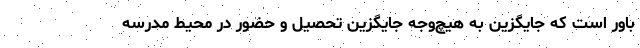
باور است که جایگزین به هیچ‌وجه جایگزین تحصیل و حضور در محیط مدرسه